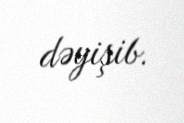
dəyişib.